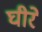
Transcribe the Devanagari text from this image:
घीरे